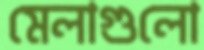
মেলাগুলো